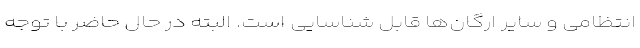
انتظامی و سایر ارگان‌ها قابل شناسایی است. البته در حال حاضر با توجه